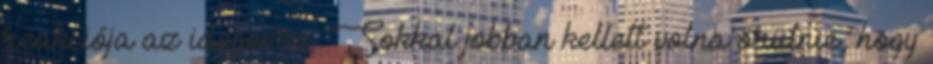
reakciója az idegenre. Sokkal jobban kellett volna örülnie, hogy